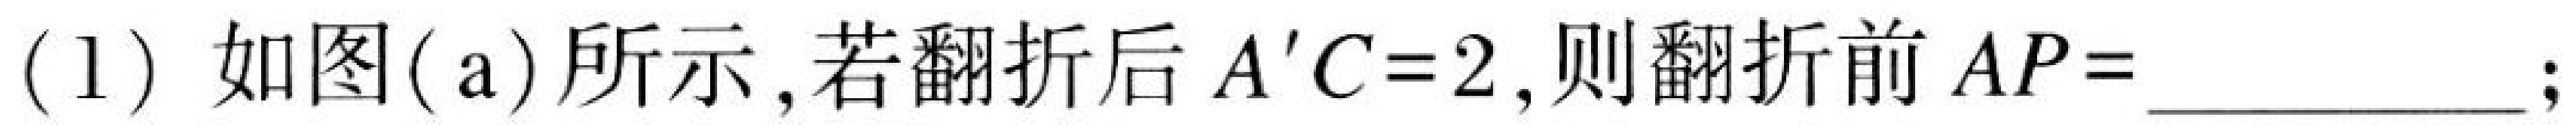
(1) 如图(a)所示,若翻折后\(A'C = 2\),则翻折前\(AP=\)  ；